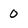
Character: 0